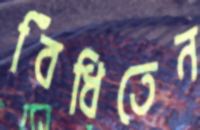
বিঁধিতেন